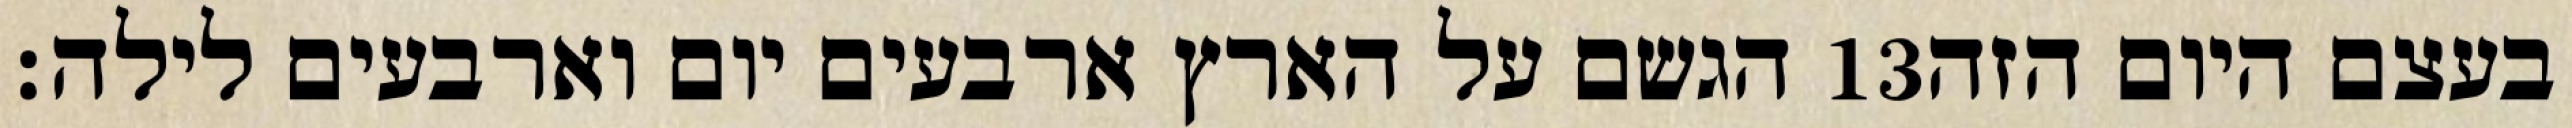
הגשם על הארץ ארבעים יום וארבעים לילה׃ ‎13‏ בעצם היום הזה